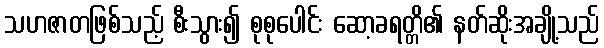
သဟဇာတဖြစ်သည့် စီးသွား၍ စုစုပေါင်း ဆော့ခရတ္တိ၏ နတ်ဆိုးအချို့သည်